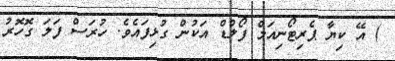
) އޭ ކިޔާ ޕެރިޓޯނިއަމް ފޯލްޑް އަކުން ގުޅިފައެވެ. ހުރަސް ފަލަ ގޮހޮރު